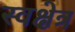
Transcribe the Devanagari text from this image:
स्वक्षेत्र